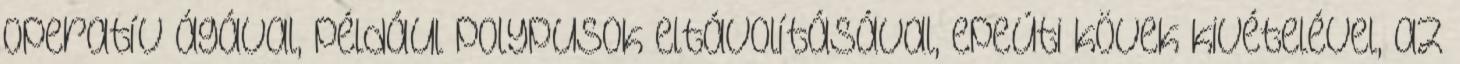
operatív ágával, például polypusok eltávolításával, epeúti kövek kivételével, az